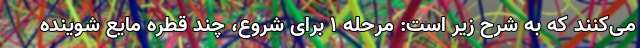
می‌کنند که به شرح زیر است: مرحله ۱ برای شروع، چند قطره مایع شوینده